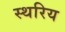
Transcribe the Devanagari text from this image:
स्थरिय